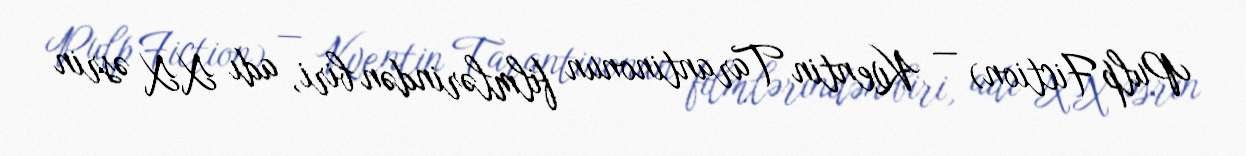
Pulp Fiction) — Kventin Tarantinonun filmlərindən biri, adı XX əsrin